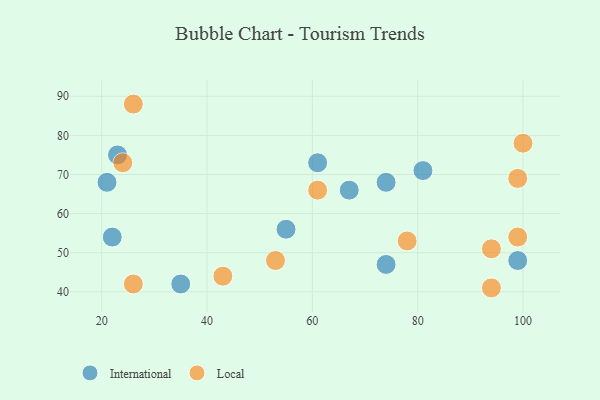
{"axis": {"x": "GDP", "y": "Life Expectancy"}, "legend": ["International", "Local"], "data": [{"x": "81", "y": 71, "type": "International"}, {"x": "74", "y": 68, "type": "International"}, {"x": "22", "y": 54, "type": "International"}, {"x": "61", "y": 73, "type": "International"}, {"x": "21", "y": 68, "type": "International"}, {"x": "35", "y": 42, "type": "International"}, {"x": "74", "y": 47, "type": "International"}, {"x": "99", "y": 48, "type": "International"}, {"x": "23", "y": 75, "type": "International"}, {"x": "67", "y": 66, "type": "International"}, {"x": "55", "y": 56, "type": "International"}, {"x": "61", "y": 66, "type": "Local"}, {"x": "24", "y": 73, "type": "Local"}, {"x": "99", "y": 54, "type": "Local"}, {"x": "78", "y": 53, "type": "Local"}, {"x": "100", "y": 78, "type": "Local"}, {"x": "26", "y": 42, "type": "Local"}, {"x": "43", "y": 44, "type": "Local"}, {"x": "26", "y": 88, "type": "Local"}, {"x": "99", "y": 69, "type": "Local"}, {"x": "94", "y": 51, "type": "Local"}, {"x": "53", "y": 48, "type": "Local"}, {"x": "94", "y": 41, "type": "Local"}]}